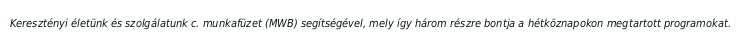
Keresztényi életünk és szolgálatunk c. munkafüzet (MWB) segítségével, mely így három részre bontja a hétköznapokon megtartott programokat.